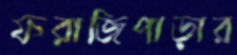
ফরাজিপাড়ার